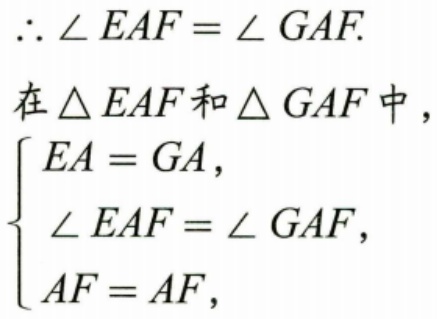
\(\therefore \angle EAF = \angle GAF.\)
在\(\triangle EAF\)和\(\triangle GAF\)中，
\(\begin{cases}
EA = GA,\\
\angle EAF = \angle GAF,\\
AF = AF,
\end{cases}\)